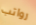
رواتب